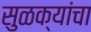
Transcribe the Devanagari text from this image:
सुळक्यांचा